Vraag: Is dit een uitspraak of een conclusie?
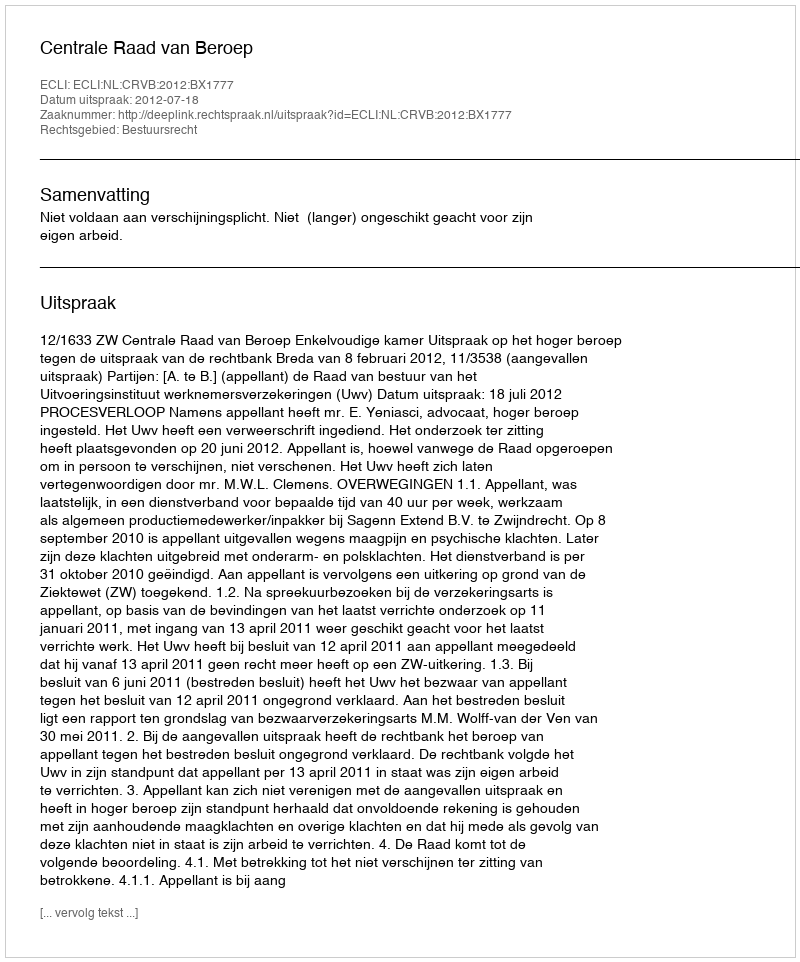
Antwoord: Uitspraak